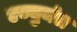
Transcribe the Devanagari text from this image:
एज्युमंत्र